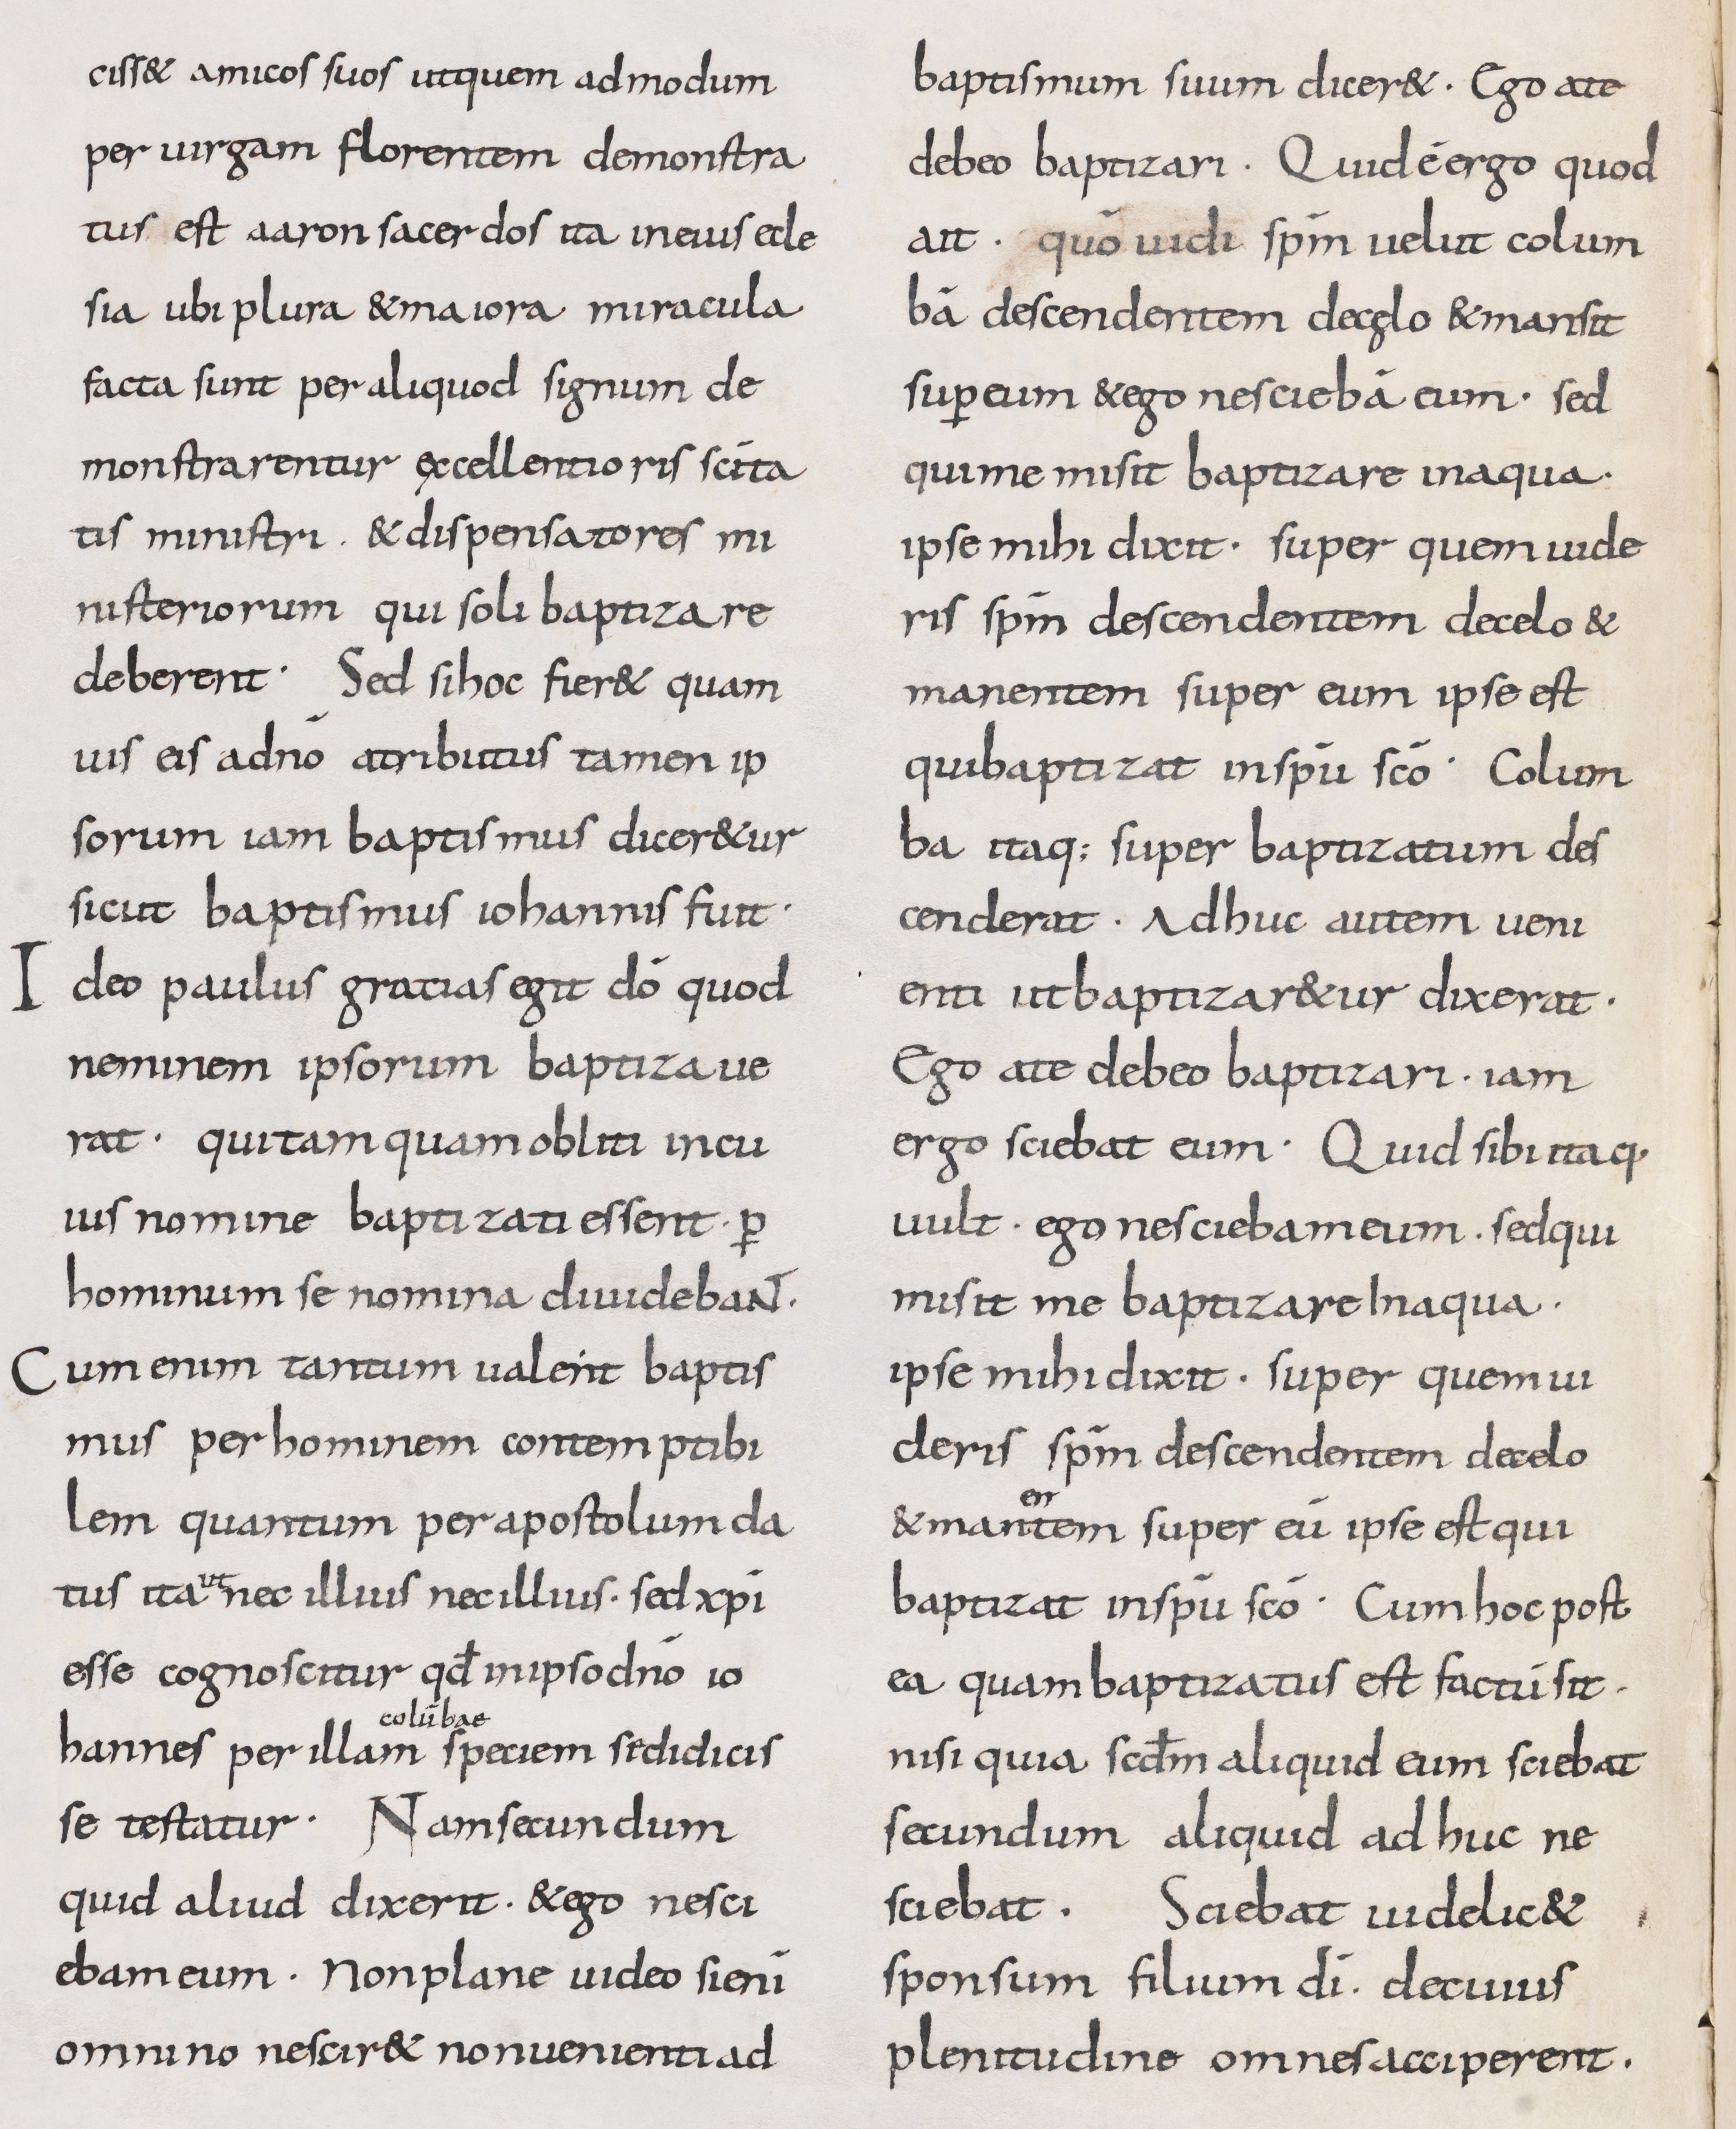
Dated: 800–899